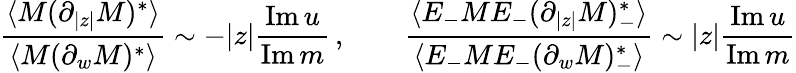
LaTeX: \frac{\langle M(\partial_{|z|}M)^{*}\rangle}{\langle M(\partial_{w}M)^{*}\rangle}\sim-|z|\frac{\mathrm{Im}\, u}{\mathrm{Im}\, m}\, ,\qquad\frac{\langle E_{-}ME_{-}(\partial_{|z|}M)_{-}^{*}\rangle}{\langle E_{-}ME_{-}(\partial_{w}M)_{-}^{*}\rangle}\sim|z|\frac{\mathrm{Im}\, u}{\mathrm{Im}\, m}